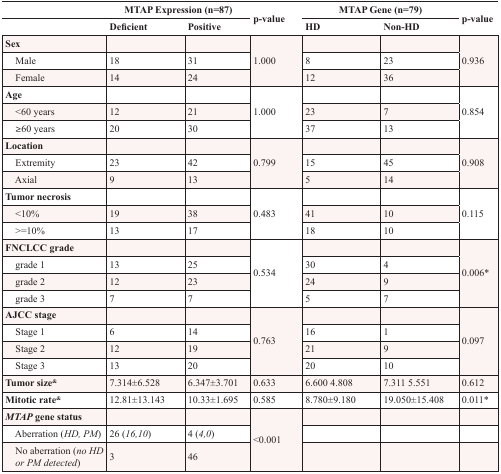
<table><thead><tr><td colspan="3"><b>MTAP Expression (n=87)</b></td><td><b>p-value</b></td><td colspan="2"><b>MTAP Gene (n=79)</b></td><td><b>p-value</b></td></tr><tr><td></td><td><b>Deficient</b></td><td><b>Positive</b></td><td></td><td><b>HD</b></td><td><b>Non-HD</b></td><td></td></tr></thead><tbody><tr><td><b>Sex</b></td><td></td><td></td><td rowspan="3">1.000</td><td></td><td></td><td rowspan="3">0.936</td></tr><tr><td> Male</td><td>18</td><td>31</td><td>8</td><td>23</td></tr><tr><td> Female</td><td>14</td><td>24</td><td>12</td><td>36</td></tr><tr><td><b>Age</b></td><td></td><td></td><td rowspan="3">1.000</td><td></td><td></td><td rowspan="3">0.854</td></tr><tr><td> &lt;60 years</td><td>12</td><td>21</td><td>23</td><td>7</td></tr><tr><td> ≥60 years</td><td>20</td><td>30</td><td>37</td><td>13</td></tr><tr><td><b>Location</b></td><td></td><td></td><td rowspan="3">0.799</td><td></td><td></td><td rowspan="3">0.908</td></tr><tr><td> Extremity</td><td>23</td><td>42</td><td>15</td><td>45</td></tr><tr><td> Axial</td><td>9</td><td>13</td><td>5</td><td>14</td></tr><tr><td><b>Tumor necrosis</b></td><td></td><td></td><td rowspan="3">0.483</td><td></td><td></td><td rowspan="3">0.115</td></tr><tr><td> &lt;10%</td><td>19</td><td>38</td><td>41</td><td>10</td></tr><tr><td> &gt;=10%</td><td>13</td><td>17</td><td>18</td><td>10</td></tr><tr><td><b>FNCLCC grade</b></td><td></td><td></td><td rowspan="4">0.534</td><td></td><td></td><td rowspan="4">0.006*</td></tr><tr><td> grade 1</td><td>13</td><td>25</td><td>30</td><td>4</td></tr><tr><td> grade 2</td><td>12</td><td>23</td><td>24</td><td>9</td></tr><tr><td> grade 3</td><td>7</td><td>7</td><td>5</td><td>7</td></tr><tr><td><b>AJCC stage</b></td><td></td><td></td><td rowspan="4">0.763</td><td></td><td></td><td rowspan="4">0.097</td></tr><tr><td> Stage 1</td><td>6</td><td>14</td><td>16</td><td>1</td></tr><tr><td> Stage 2</td><td>12</td><td>19</td><td>21</td><td>9</td></tr><tr><td> Stage 3</td><td>13</td><td>20</td><td>20</td><td>10</td></tr><tr><td><b>Tumor size<sup>&amp;</sup></b></td><td>7.314±6.528</td><td>6.347±3.701</td><td>0.633</td><td>6.600 4.808</td><td>7.311 5.551</td><td>0.612</td></tr><tr><td><b>Mitotic rate<sup>&amp;</sup></b></td><td>12.81±13.143</td><td>10.33±1.695</td><td>0.585</td><td>8.780±9.180</td><td>19.050±15.408</td><td>0.011*</td></tr><tr><td><b><i>MTAP</i></b> gene status</td><td></td><td></td><td rowspan="3">&lt;0.001</td><td></td><td></td><td></td></tr><tr><td> Aberration (<i>HD, PM</i>)</td><td>26 (<i>16,10</i>)</td><td>4 (<i>4,0</i>)</td><td></td><td></td><td></td></tr><tr><td> No aberration (<i>no HD or PM detected</i>)</td><td>3</td><td>46</td><td></td><td></td><td></td></tr></tbody></table>